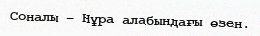
Соналы – Нұра алабындағы өзен.